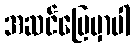
အဆင်ပြေမှာပါ